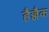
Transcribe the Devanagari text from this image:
हैज्जैक